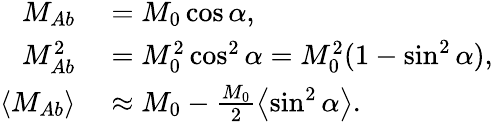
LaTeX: \begin{array}{rl}{M_{Ab}}&{{}=M_{0}\cos\alpha,}\\ {M_{Ab}^{2}}&{{}=M_{0}^{2}\cos^{2}\alpha=M_{0}^{2}(1-\sin^{2}\alpha),}\\ {\left\langle{M_{Ab}}\right\rangle}&{{}\approx M_{0}-\frac{M_{0}}{2}\left\langle{\sin^{2}\alpha}\right\rangle.}\end{array}